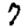
Digit: 7